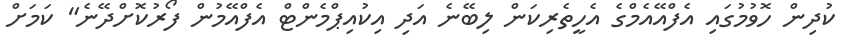
ކުދިން ހޮވުމުގައި އެފްއޭއެމްގެ އެހީތެރިކަން ލިބޭނެ އަދި އިކުއިޕްމެންޓް އެފްއޭމުން ފޯރުކޮށްދޭނެ" ކަމަށް